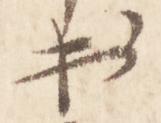
出